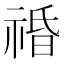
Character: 䄑